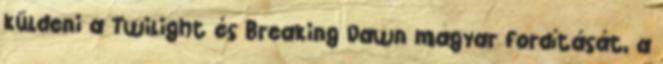
küldeni a Twilight és Breaking Dawn magyar fordítását, a